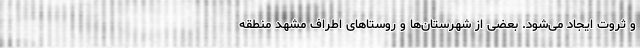
و ثروت ایجاد می‌شود. بعضی از شهرستان‌ها و روستاهای اطراف مشهد منطقه